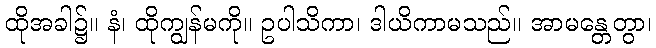
ထိုအခါ၌။ နံ၊ ထိုကျွန်မကို။ ဥပါသိကာ၊ ဒါယိကာမသည်။ အာမန္တေတွာ၊